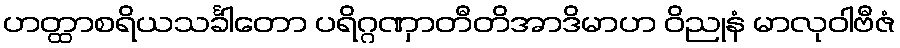
ဟတ္ထာစရိယသင်္ခါတော ပရိဂ္ဂဏှာတီတိအာဒိမာဟ ဝိညုနံ မာလုဝါဗီဇံ